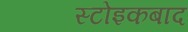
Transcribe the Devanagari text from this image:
स्टोइकबाद